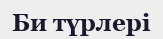
Би түрлері